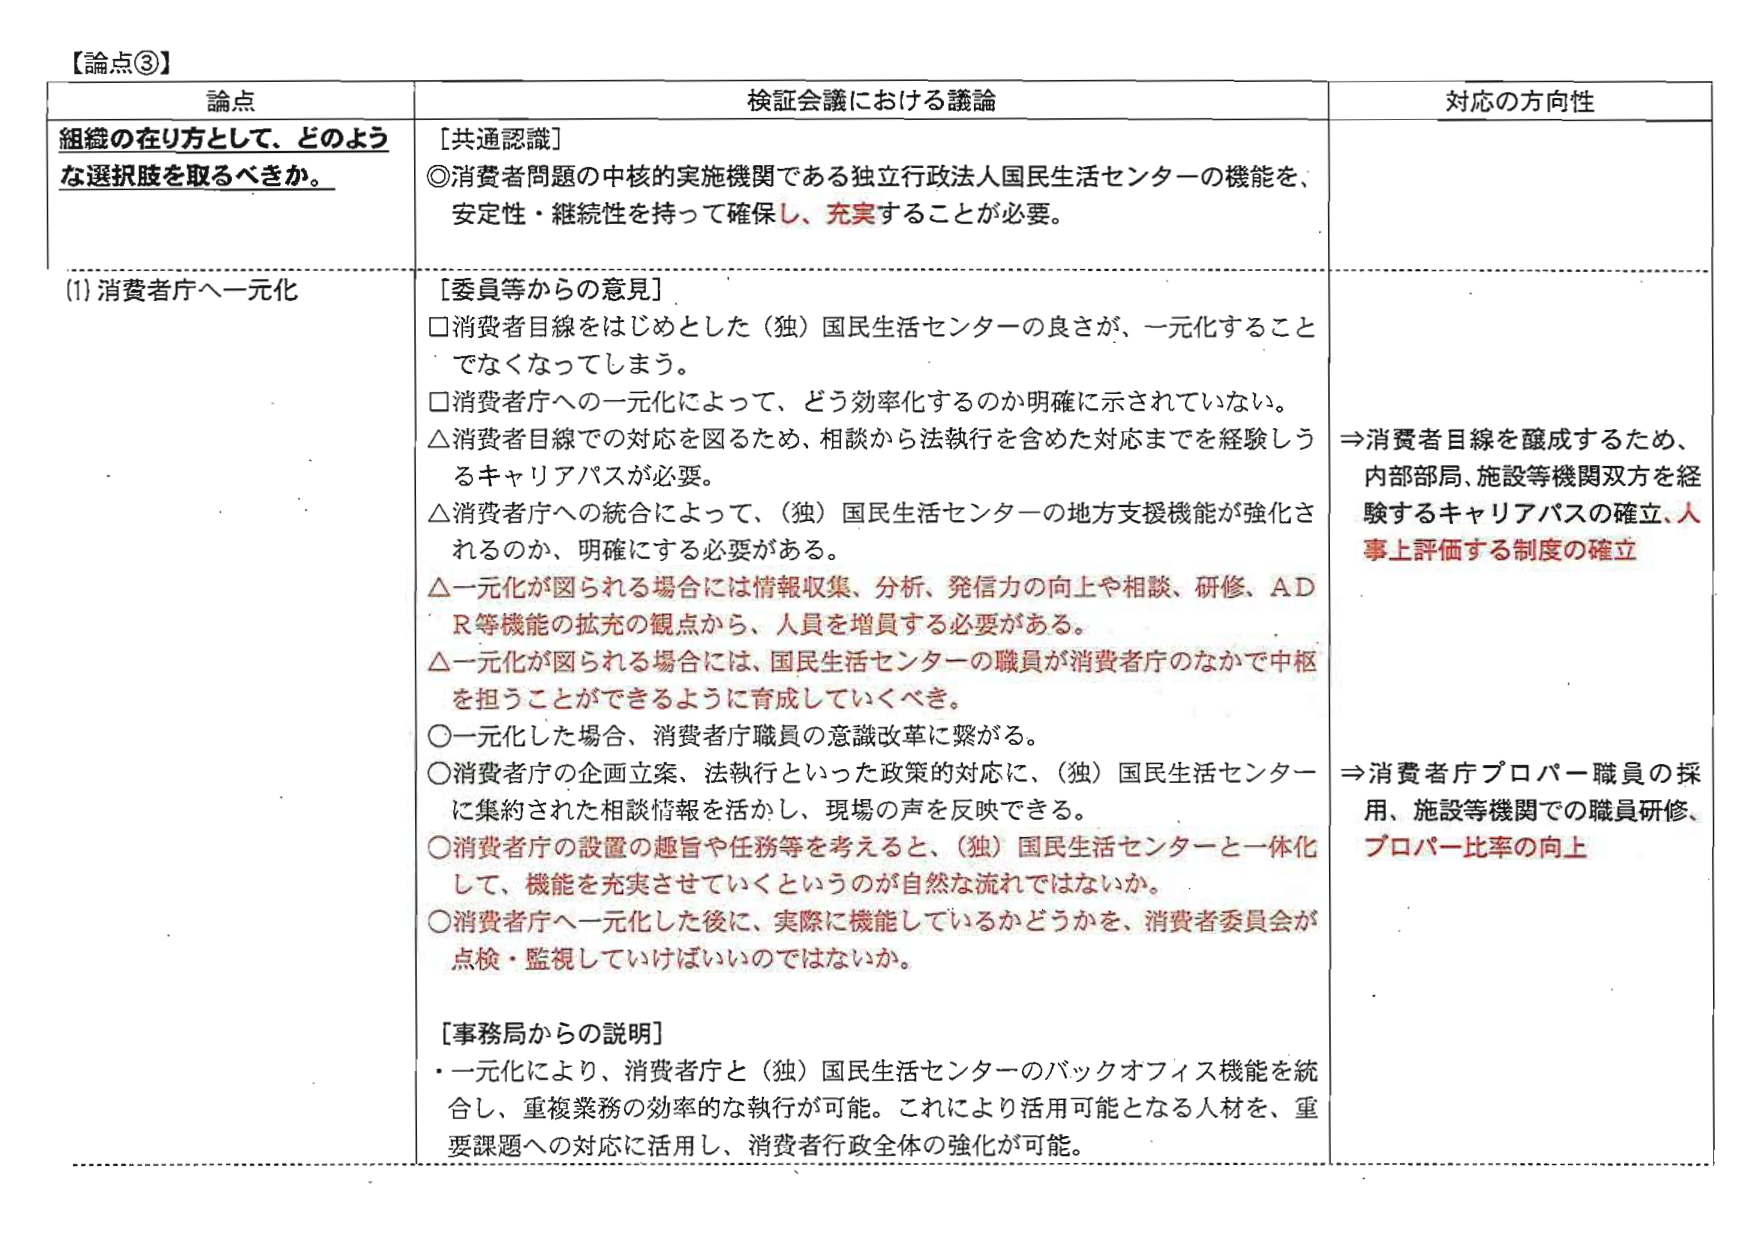
【論点③】
論点
組織の在り方として、どのような選択肢を取るべきか。
(1) 消費者庁へ一元化

検証会議における議論
［共通認識］
◎消費者問題の中核的実施機関である独立行政法人国民生活センターの機能を、
安定性・継続性を持って確保し、充実することが必要。

［委員等からの意見］
□消費者目線をはじめとした（独）国民生活センターの良さが、一元化すること
でなくなってしまう。
□消費者庁への一元化によって、どう効率化するのか明確に示されていない。
△消費者目線での対応を図るため、相談から法執行を含めた対応までを経験しう
るキャリアパスが必要。
△消費者庁への統合によって、（独）国民生活センターの地方支援機能が強化さ
れるのか、明確にする必要がある。
△一元化が図られる場合には情報収集、分析、発信力の向上や相談、研修、ＡＤ
Ｒ等機能の拡充の観点から、人員を増員する必要がある。
△一元化が図られる場合には、国民生活センターの職員が消費者庁のなかで中枢
を担うことができるよう育成していくべき。
○一元化した場合、消費者庁職員の意識改革に繋がる。
○消費者庁の企画立案、法執行といった政策的対応に、（独）国民生活センター
に集約された相談情報を活かし、現場の声を反映できる。
○消費者庁の設置の趣旨や任務等を考えると、（独）国民生活センターと一体化
して、機能を充実させていくというのが自然な流れではないか。
○消費者庁へ一元化した後に、実際に機能しているかどうかを、消費者委員会が
点検・監視していけばいいのではないか。

［事務局からの説明］
・一元化により、消費者庁と（独）国民生活センターのバックオフィス機能を統
合し、重複業務の効率的な執行が可能。これにより活用可能となる人材を、重
要課題への対応に活用し、消費者行政全体の強化が可能。

対応の方向性
⇒消費者目線を醸成するため、
内部部局、施設等機関双方を経
験するキャリアパスの確立、人
事上評価する制度の確立
⇒消費者庁プロパー職員の採
用、施設等機関での職員研修、
プロパー比率の向上